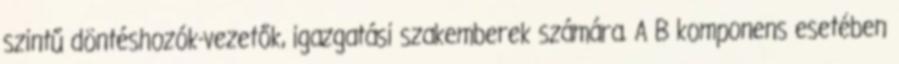
szintű döntéshozók-vezetők, igazgatási szakemberek számára. A B komponens esetében